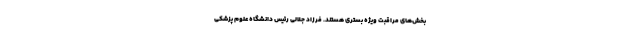
بخش‌های مراقبت ویژه بستری هستند. فرزاد جلالی رئیس دانشگاه علوم پزشکی